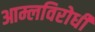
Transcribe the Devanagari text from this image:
आम्लविरोधी